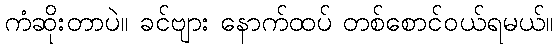
ကံဆိုးတာပဲ။ ခင်ဗျား နောက်ထပ် တစ်စောင်ဝယ်ရမယ်။